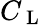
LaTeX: C_{\mathrm{~L~}}